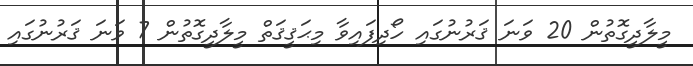
މީލާދީގޮތުން 20 ވަނަ ޤަރުނުގައި ހޯދިފައިވާ މިޙަޤީޤަތް މީލާދީގޮތުން 7 ވަނަ ޤަރުނުގައި